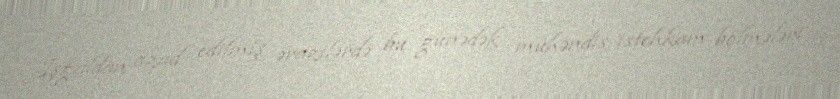
İşğaldan azad edilmiş ərazilərdə bu günədək mühəndis-istehkam bölmələri